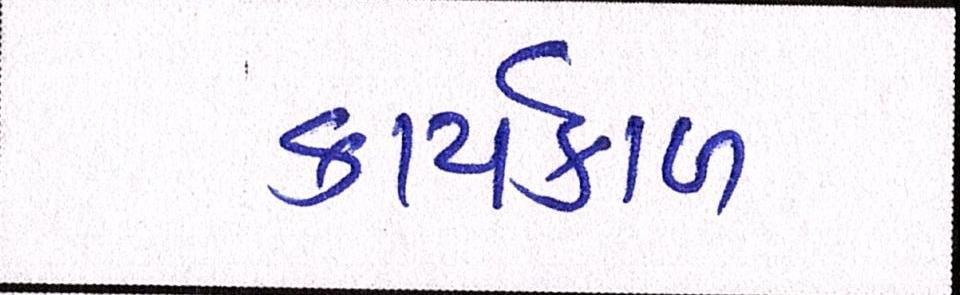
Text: કાર્યકાળ